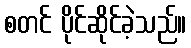
စတင် ပိုင်ဆိုင်ခဲ့သည်။